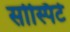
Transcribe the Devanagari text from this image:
सोस्पिटे